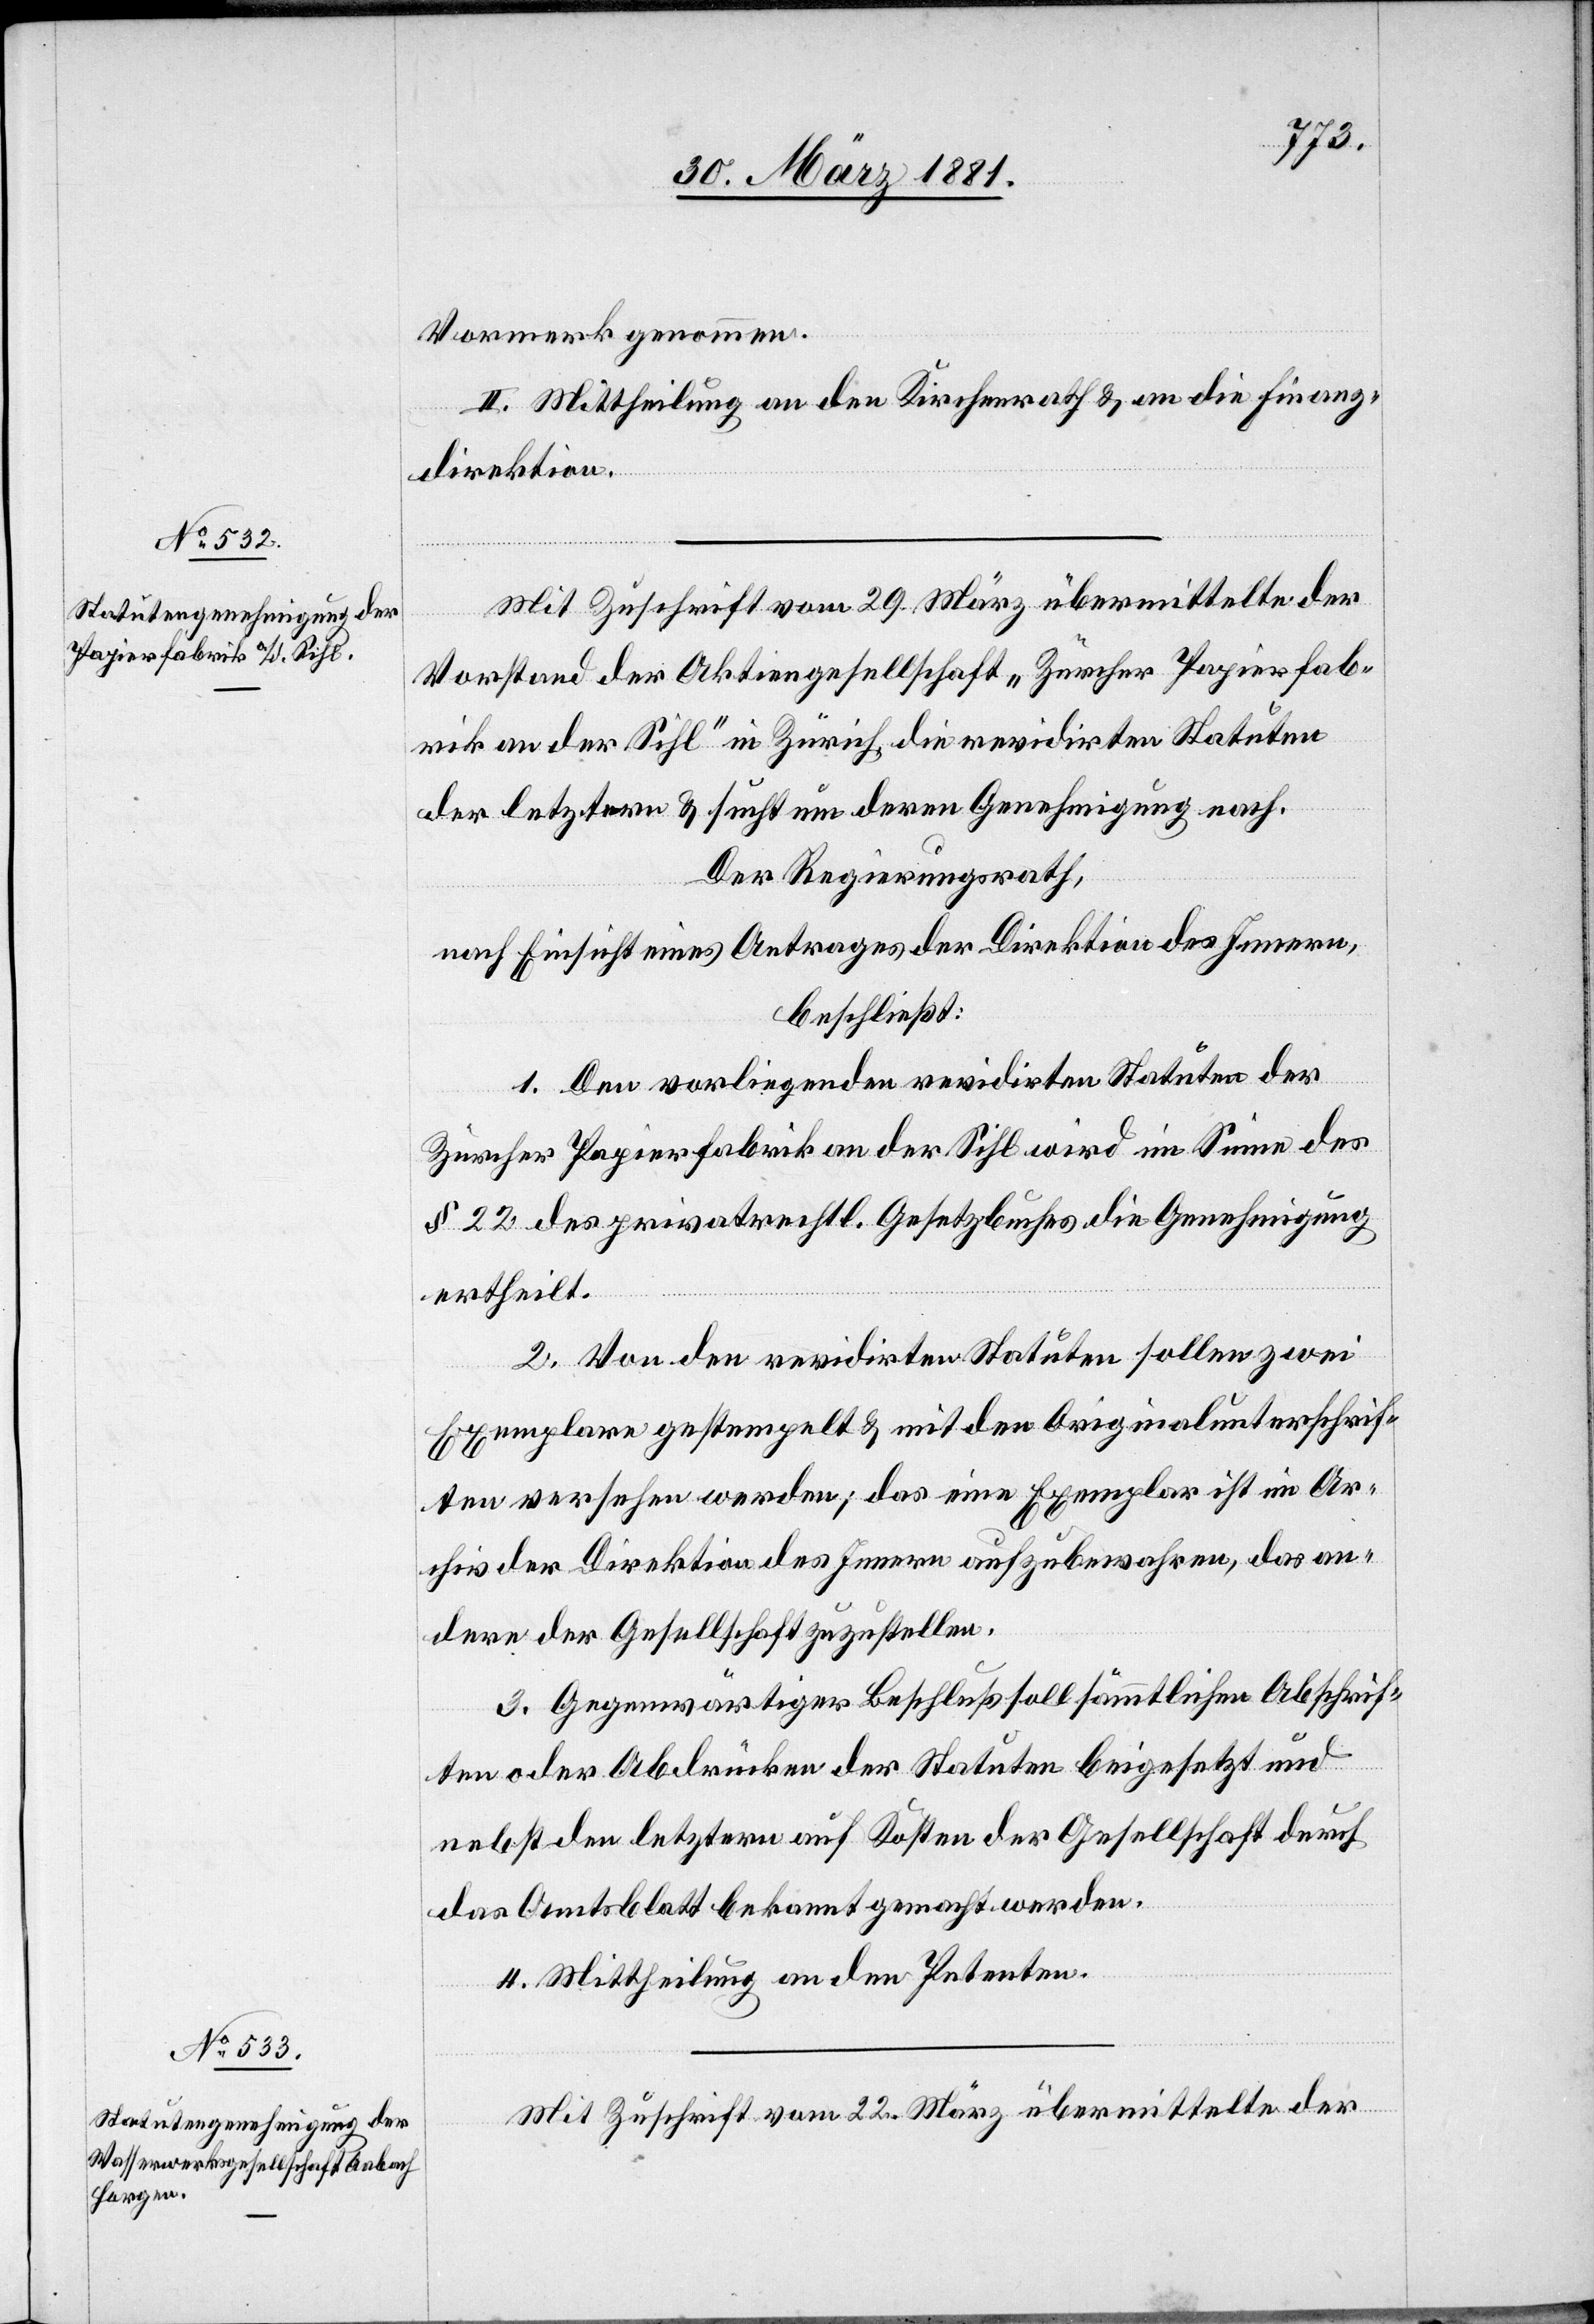
Vormerk genommen.
II. Mittheilung an den Kirchenrath & an die Finanz¬
direktion.
Mit Zuschrift vom 29. März übermittelte der
Vorstand der Aktiengesellschaft „Zürcher Papierfab¬
rik an der Sihl“ in Zürich die revidirten Stauten
der letztern & sucht um deren Genehmigung nach.
Der Regierungsrath,
nach Einsicht eines Antrages der Direktion des Innern,
beschließt:
1. Den vorliegenden revidirten Statuten der
Zürcher Papierfabrik an der Sihl wird im Sinne des
§ 22 des privatrechtl. Gesetzbuches die Genehmigung
ertheilt.
2. Von den revidirten Stauten sollen zwei
Exemplare gestempelt & mit den Originalunterschrif¬
ten versehen werden; das eine Exemplar ist im Ar¬
chiv der Direktion des Innern aufzubewahren, das an¬
dere der Gesellschaft zuzustellen.
3. Gegenwärtiger Beschluß soll sämmtlichen Abschrif¬
ten oder Abdrücken der Statuten beigesetzt und
nebst den letztern auf Kosten der Gesellschaft durch
das Amtsblatt bekannt gemacht werden.
4. Mittheilung an den Petenten.
Mit Zuschrift vom 22. März übermittelte der